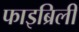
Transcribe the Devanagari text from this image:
फाइब्रिली